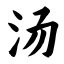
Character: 汤